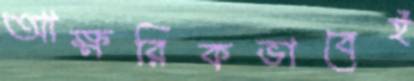
আক্ষরিকভাবেই